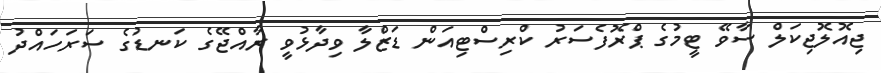
ޖިއޮލޮޖިކަލް ސާވޭ ޓީމުގެ ޕްރޮފެސަރު ކްރިސްޓިއަން ޑަޒްލާ ވިދާޅުވީ ރާއްޖޭގެ ކަނޑުގެ ސަރަހައްދު